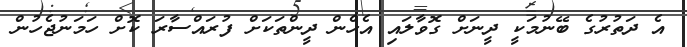
އެ ދަތުރުގެ ބޭނުމަކީ ދީނަށް ގޮވާލައި އެހެން ދީންތަކަށް ފުރައްސާރަ ކޮށް ހަމަނުޖެހުން